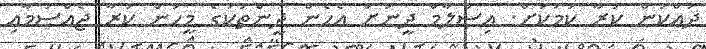
ދައްކަން ކުރާ ކަމަކަށް. އިސްލާމް ދީނަށް އެހެން ދީންތަކުގެ މީހުން ކުރާ ޖެއްސުމާއި